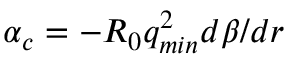
\alpha _ { c } = - R _ { 0 } q _ { m i n } ^ { 2 } d \beta / d r